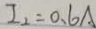
I _ { 2 } = 0 . 6 A